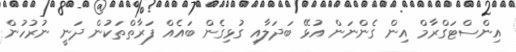
އިންސްޓަގްރާމް އިން ގެންނަން އުޅޭ ބަދަލާއި ގުޅިގެން ބައެއް ފަރާތްތަކުން ދަނީ ނުރުހުން